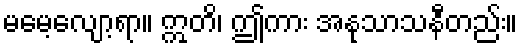
မမေ့လျော့ရာ။ ဣတိ၊ ဤကား အနုသာသနီတည်း။